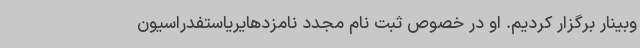
وبینار برگزار کردیم. او در خصوص ثبت نام مجدد نامزدهایریاستفدراسیون